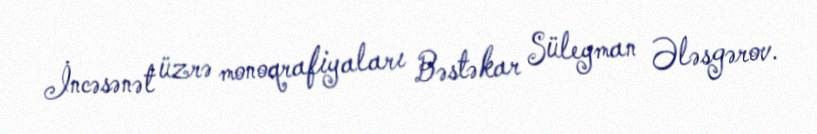
İncəsənət üzrə monoqrafiyaları Bəstəkar Süleyman Ələsgərov.